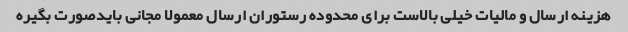
هزینه ارسال و مالیات خیلی بالاست برای محدوده رستوران ارسال معمولا مجانی بایدصورت بگیره